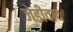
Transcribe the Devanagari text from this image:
जेडीवाद